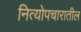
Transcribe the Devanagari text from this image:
नित्योपचारातील